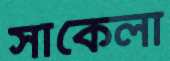
সাকেলা